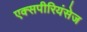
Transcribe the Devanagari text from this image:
एक्‍सपीरियंसेज